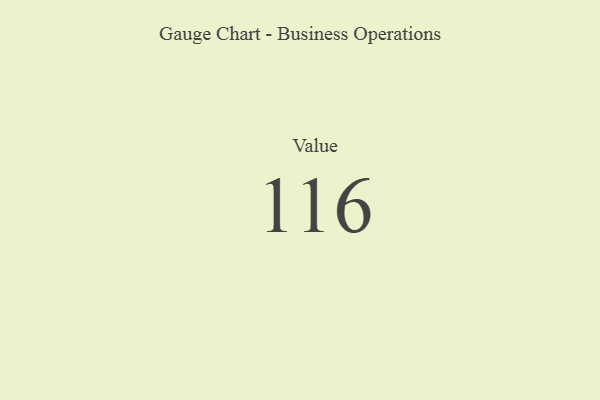
{"axis": {"x": "Metric", "y": "Value"}, "legend": [""], "data": [{"x": "Value", "y": 116, "type": ""}]}